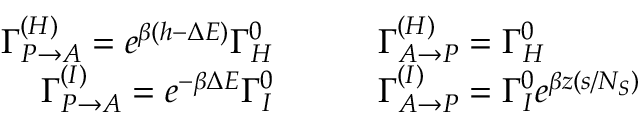
\begin{array} { r l } { \Gamma _ { P \to A } ^ { ( H ) } = e ^ { \beta ( h - \Delta E ) } \Gamma _ { H } ^ { 0 } \quad \quad } & { \Gamma _ { A \to P } ^ { ( H ) } = \Gamma _ { H } ^ { 0 } } \\ { \Gamma _ { P \to A } ^ { ( I ) } = e ^ { - \beta \Delta E } \Gamma _ { I } ^ { 0 } \quad \quad } & { \Gamma _ { A \to P } ^ { ( I ) } = \Gamma _ { I } ^ { 0 } e ^ { \beta z ( s / N _ { S } ) } } \end{array}